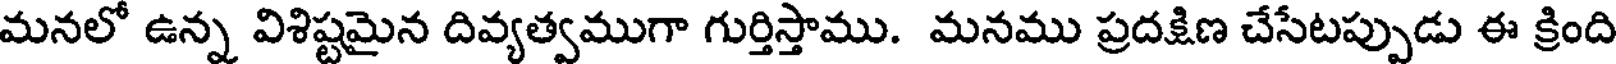
మనలో ఉన్న విశిష్టమైన దివ్యత్వముగా గుర్తిస్తాము. మనము ప్రదక్షిణ చేసేటప్పుడు ఈ క్రింది